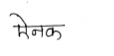
मजकूर: ऐनक